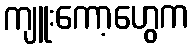
ကျူးကော့ဟွေက